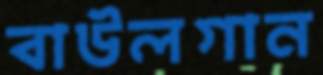
বাউলগান